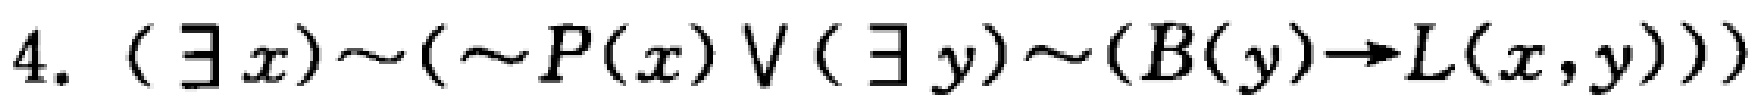
$4. (\exists x)\sim(\sim P(x)\vee(\exists y)\sim(B(y)\to L(x,y)))$